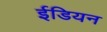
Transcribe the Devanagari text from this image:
ईडियन